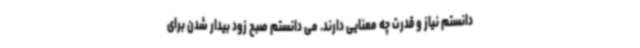
دانستم نیاز و قدرت چه معنایی دارند. می دانستم صبح زود بیدار شدن برای